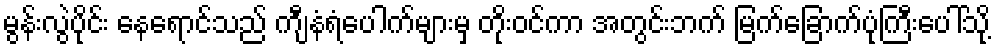
မွန်းလွဲပိုင်း နေရောင်သည် ကျီနံရံပေါက်များမှ တိုးဝင်ကာ အတွင်းဘက် မြက်ခြောက်ပုံကြီးပေါ်သို့